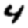
Digit: 4